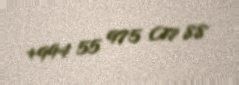
+994 55 975 07 88